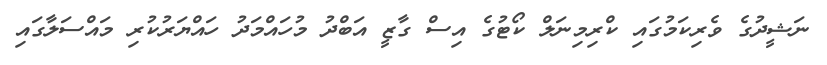
ނަޝީދުގެ ވެރިކަމުގައި ކްރިމިނަލް ކޯޓުގެ އިސް ގާޒީ އަބްދު މުހައްމަދު ހައްޔަރުކުރި މައްސަލާގައި